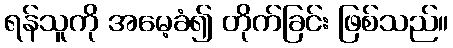
ရန်သူကို အမေ့ခံ၍ တိုက်ခြင်း ဖြစ်သည်။